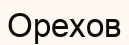
Орехов